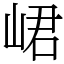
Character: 峮